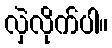
လှဲလိုက်ပါ။